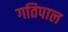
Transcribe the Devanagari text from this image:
गतिपाल